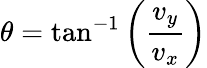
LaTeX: \theta=\tan^{-1}\left(\frac{v_{y}}{v_{x}}\right)